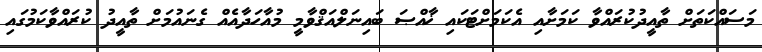
މަސައްކަތަށް ތާއީދުކުރައްވާ ކަމަށާއި އެކަމަށްޓަކައި ޚާއްޞަ ބައިނަލްއަޤްވާމީ މުއާހަދާއެއް ގެނައުމަށް ތާއީދު ކުރައްވާކަމުގައި